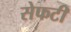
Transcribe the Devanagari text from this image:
सेफटी